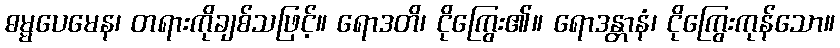
ဓမ္မပေမေန၊ တရားကိုချစ်သဖြင့်။ ရောဒတိ၊ ငိုကြွေး၏။ ရောဒန္တာနံ၊ ငိုကြွေးကုန်သော။